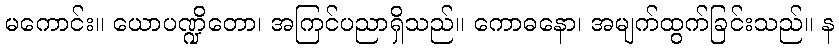
မကောင်း။ ယောပဏ္ဍိတော၊ အကြင်ပညာရှိသည်။ ကောဓနော၊ အမျက်ထွက်ခြင်းသည်။ န